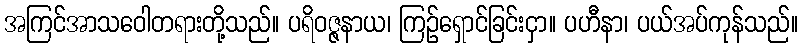
အကြင်အာသဝေါတရားတို့သည်။ ပရိဝဇ္ဇနာယ၊ ကြဉ်ရှောင်ခြင်းငှာ။ ပဟီနာ၊ ပယ်အပ်ကုန်သည်။